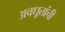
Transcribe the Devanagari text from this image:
अवधूतांची